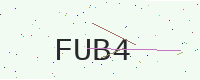
Text: FUB4